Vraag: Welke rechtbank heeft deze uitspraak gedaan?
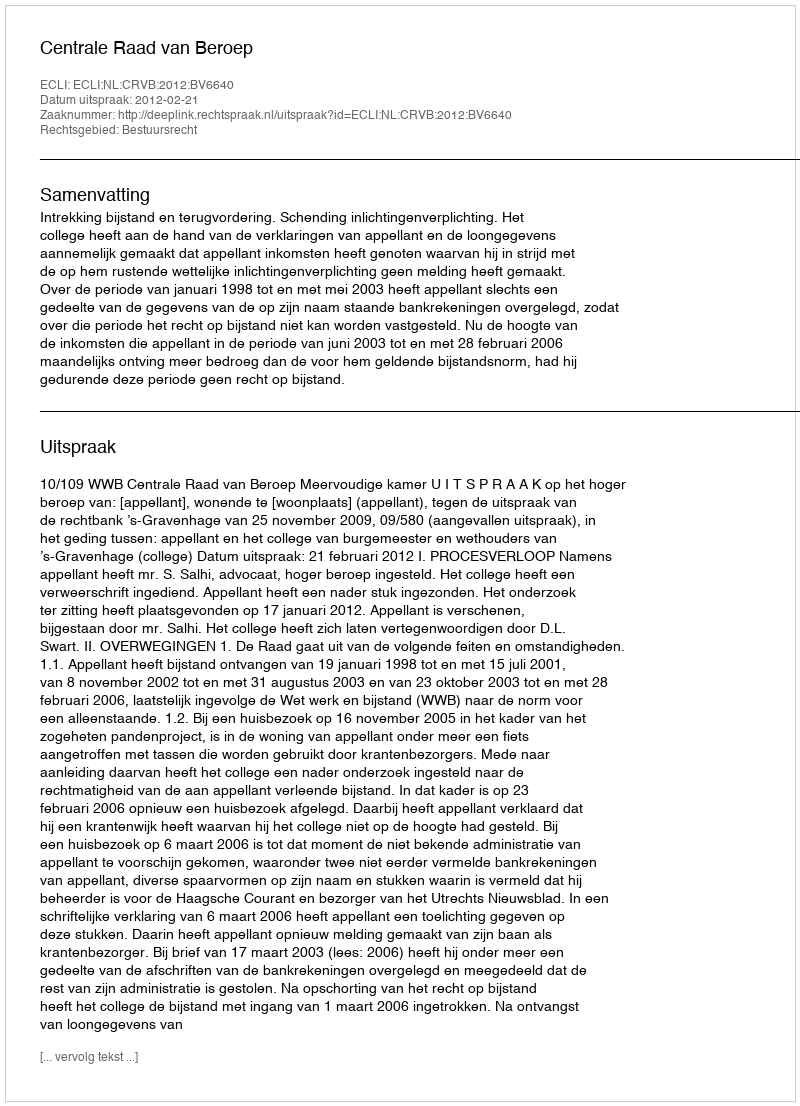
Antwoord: Centrale Raad van Beroep